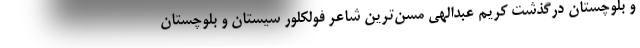
و بلوچستان درگذشت کریم عبدالهی مسن‌ترین شاعر فولکلور سیستان و بلوچستان